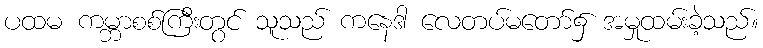
ပထမ ကမ္ဘာစစ်ကြီးတွင် သူသည် ကနေဒါ လေတပ်မတော်၌ အမှုထမ်းခဲ့သည်။